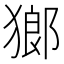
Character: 𤠸